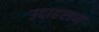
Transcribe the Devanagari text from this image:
उदाहराण